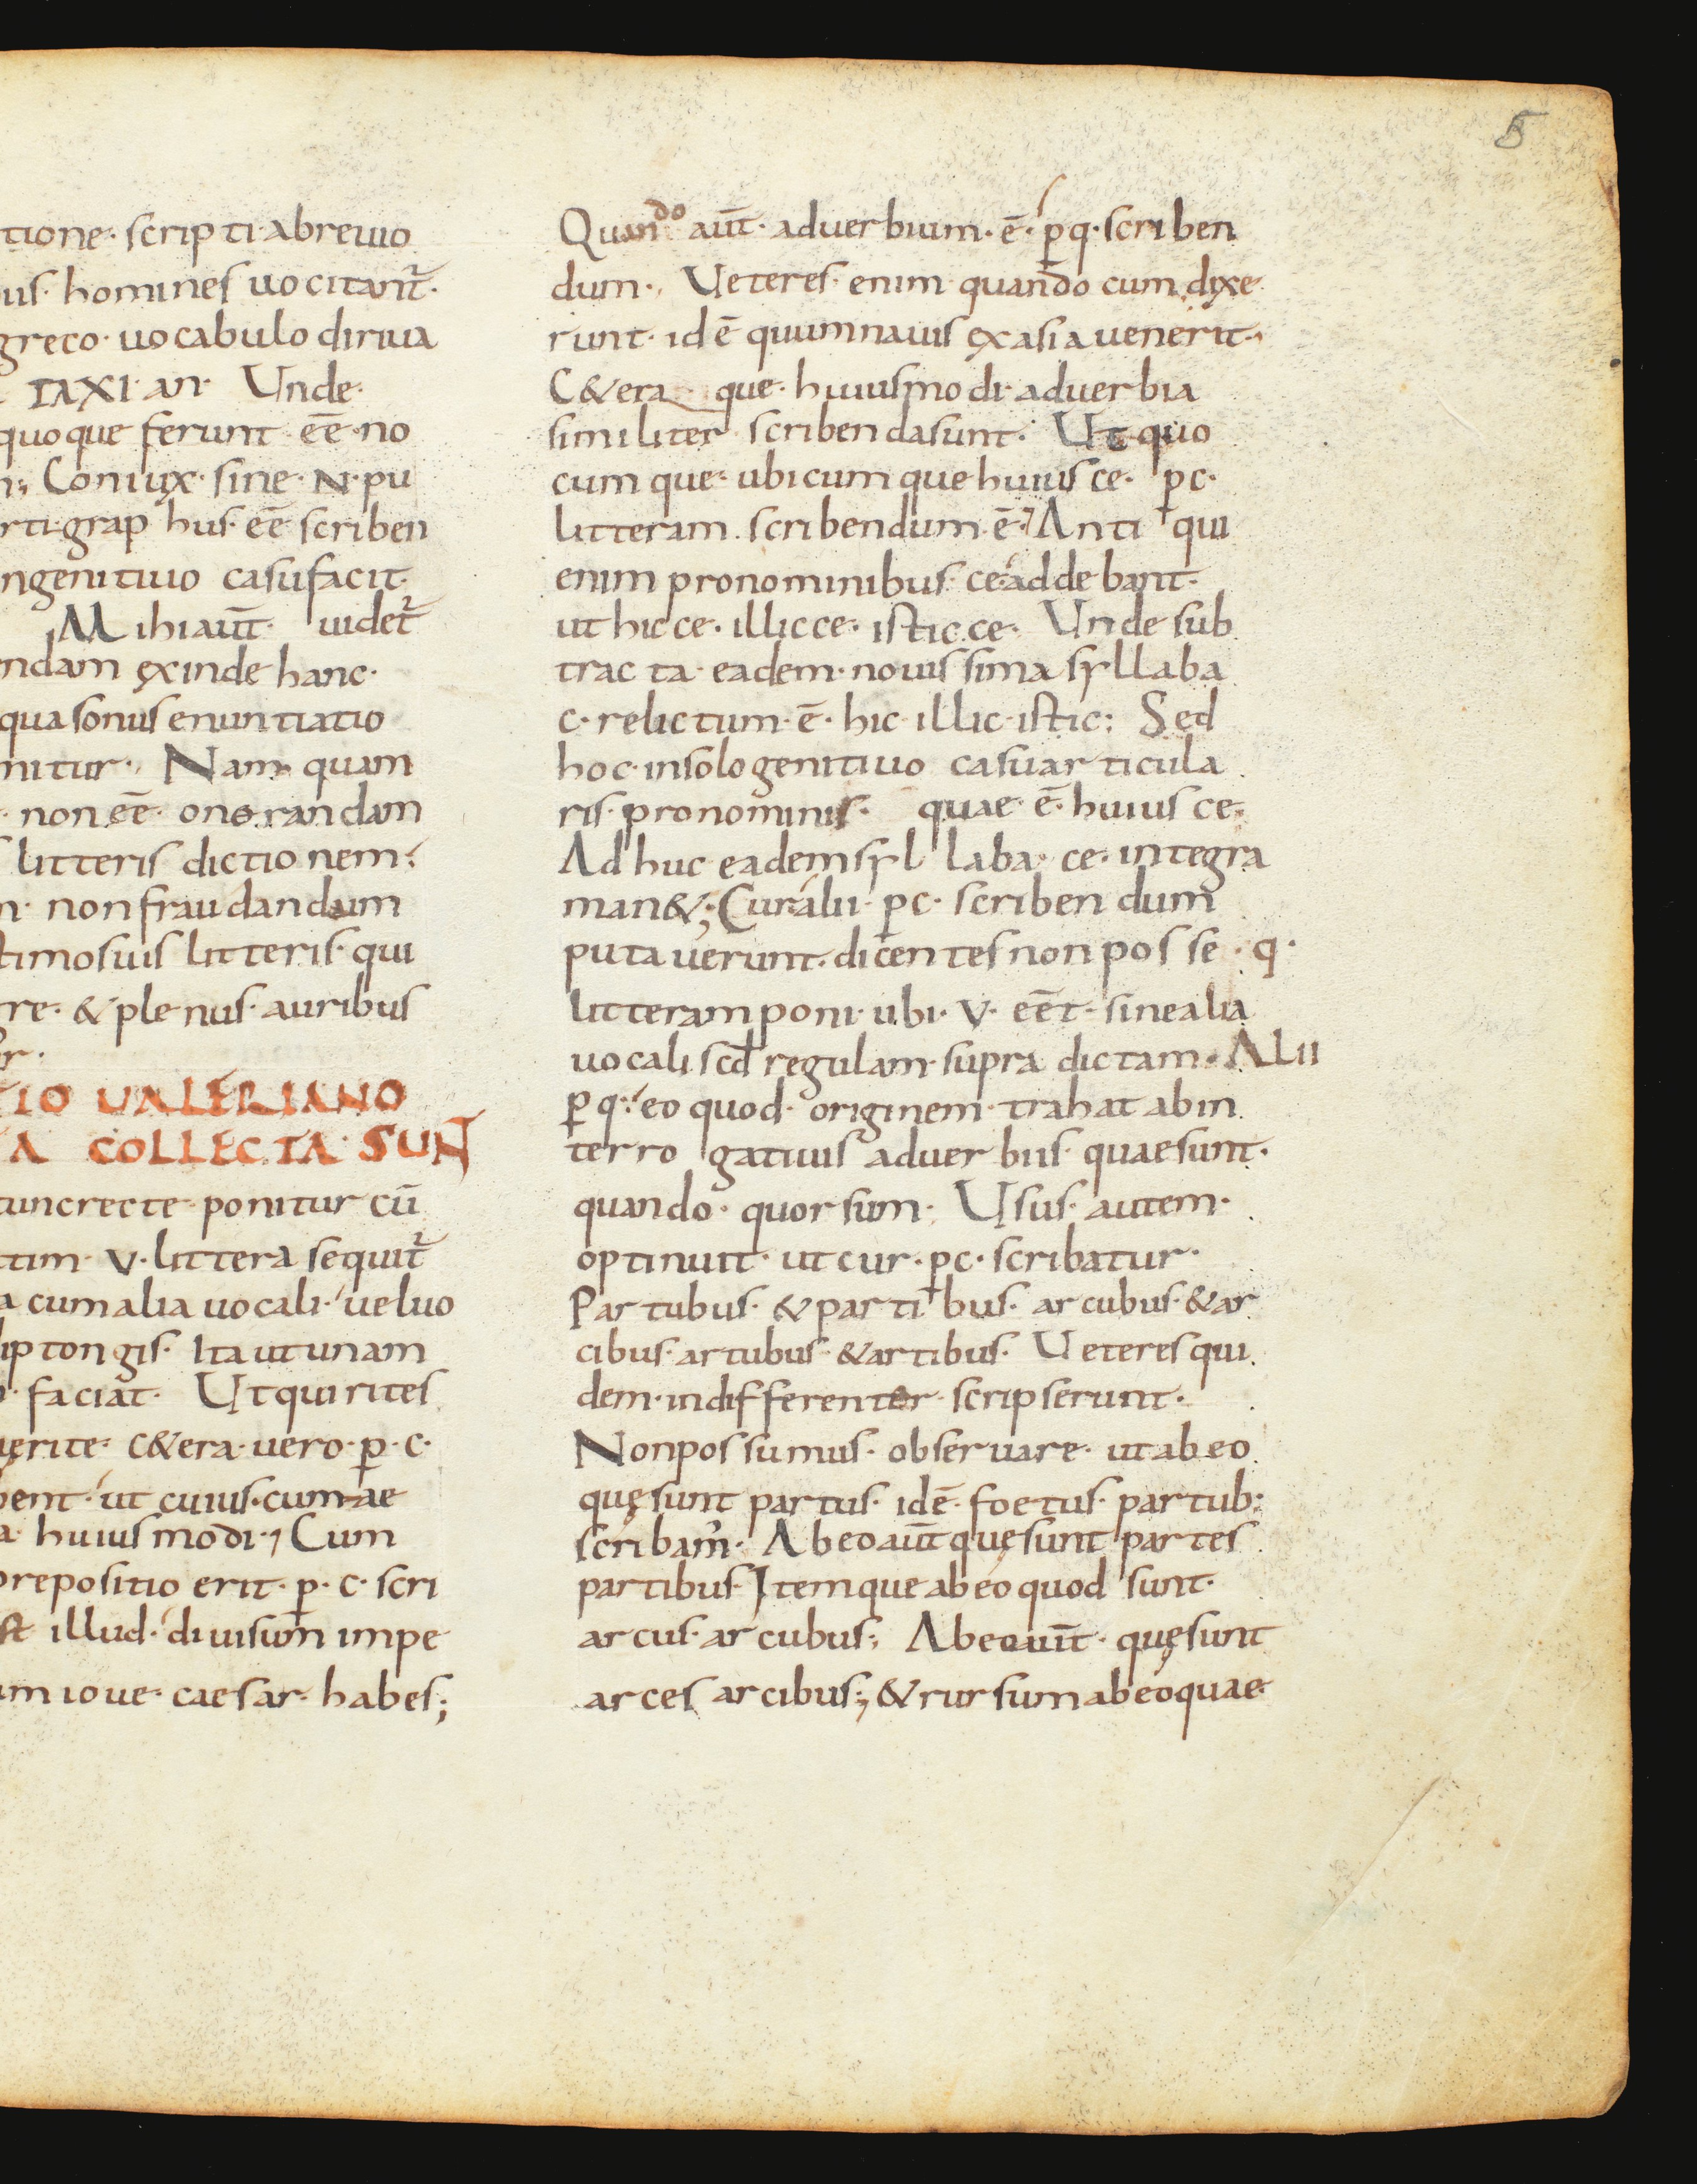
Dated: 850–899